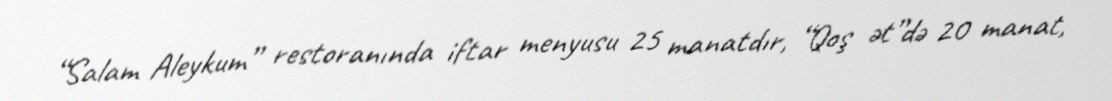
“Salam Aleykum” restoranında iftar menyusu 25 manatdır, “Qoş ət”də 20 manat,